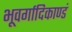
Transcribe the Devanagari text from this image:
भूवर्गादिकाण्डं